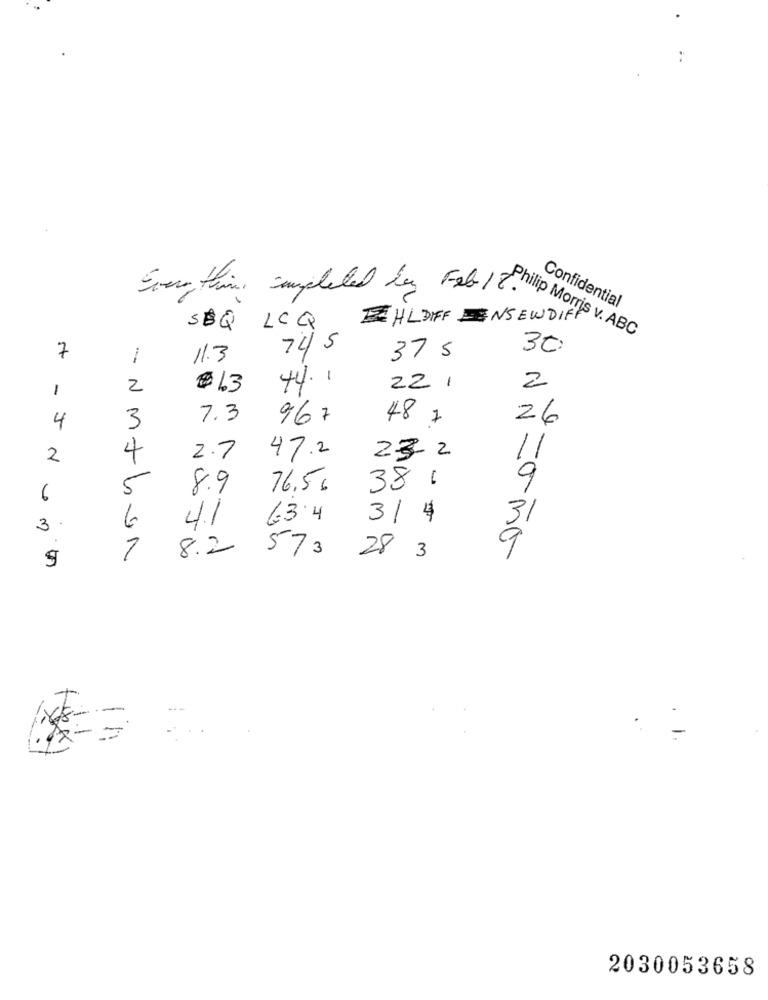
Philip
Confidential
Everything completed by Feb 12. Morris VADA
SEQ LOQQ EHLDIFF ENSEWDIFF
745
30
7
11.3
37 5
44.1
1
2
$ 1.3
22 1
2
3
7.3
967
48 7
26
4
47.2
2
2.7
232
11
38 .
8.9
76.56
9
6
Mtb
4.1
63.4
3/ $
31
3.
6
7
8.2 573
9
28 3
-
2030053658